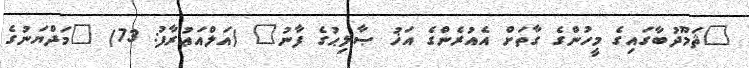
"ޘަމޫދުބާގައިގެ މީހުންގެ ގާތަށް އެއުރެންގެ އަޚު ޞާލިޙުގެ ފާނު" (އަލްއަޢުރާފު: 73) "މަދްޔަނުގެ